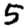
Digit: 5